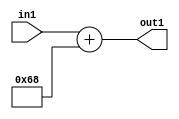
`timescale 1ps / 1ps
/*****************************************************************************
    Verilog RTL Description
    
    
    Created by: Stratus DpOpt 2019.1.01 
*******************************************************************************/

module DC_Filter_Add_12U_219_4 (
	in1,
	out1
	); /* architecture "behavioural" */ 
input [11:0] in1;
output [11:0] out1;
wire [11:0] asc001;

assign asc001 = 
	+(in1)
	+(12'B000001101000);

assign out1 = asc001;
endmodule

/* CADENCE  urnyTQw= : u9/ySgnWtBlWxVPRXgAZ4Og= ** DO NOT EDIT THIS LINE ******/